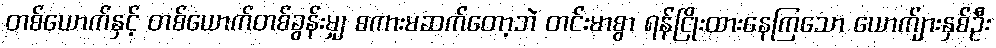
တစ်ယောက်နှင့် တစ်ယောက်တစ်ခွန်းမျှ စကားမဆက်တော့ဘဲ တင်းမာစွာ ရန်ငြိုးထားနေကြသော ယောက်ျားနှစ်ဦး